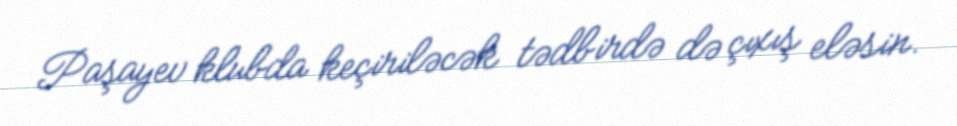
Paşayev klubda keçiriləcək tədbirdə də çıxış eləsin.